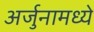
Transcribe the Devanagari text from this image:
अर्जुनामध्ये